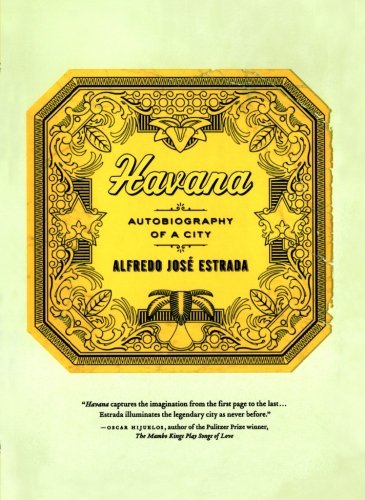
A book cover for Havana: Autobiography of a City; Alfredo JosÃ© Estrada; Travel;